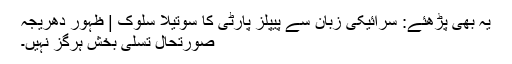
یہ بھی پڑھئے: سرائیکی زبان سے پیپلز پارٹی کا سوتیلا سلوک | ظہور دھریجہ
صورتحال تسلی بخش ہرگز نہیں۔